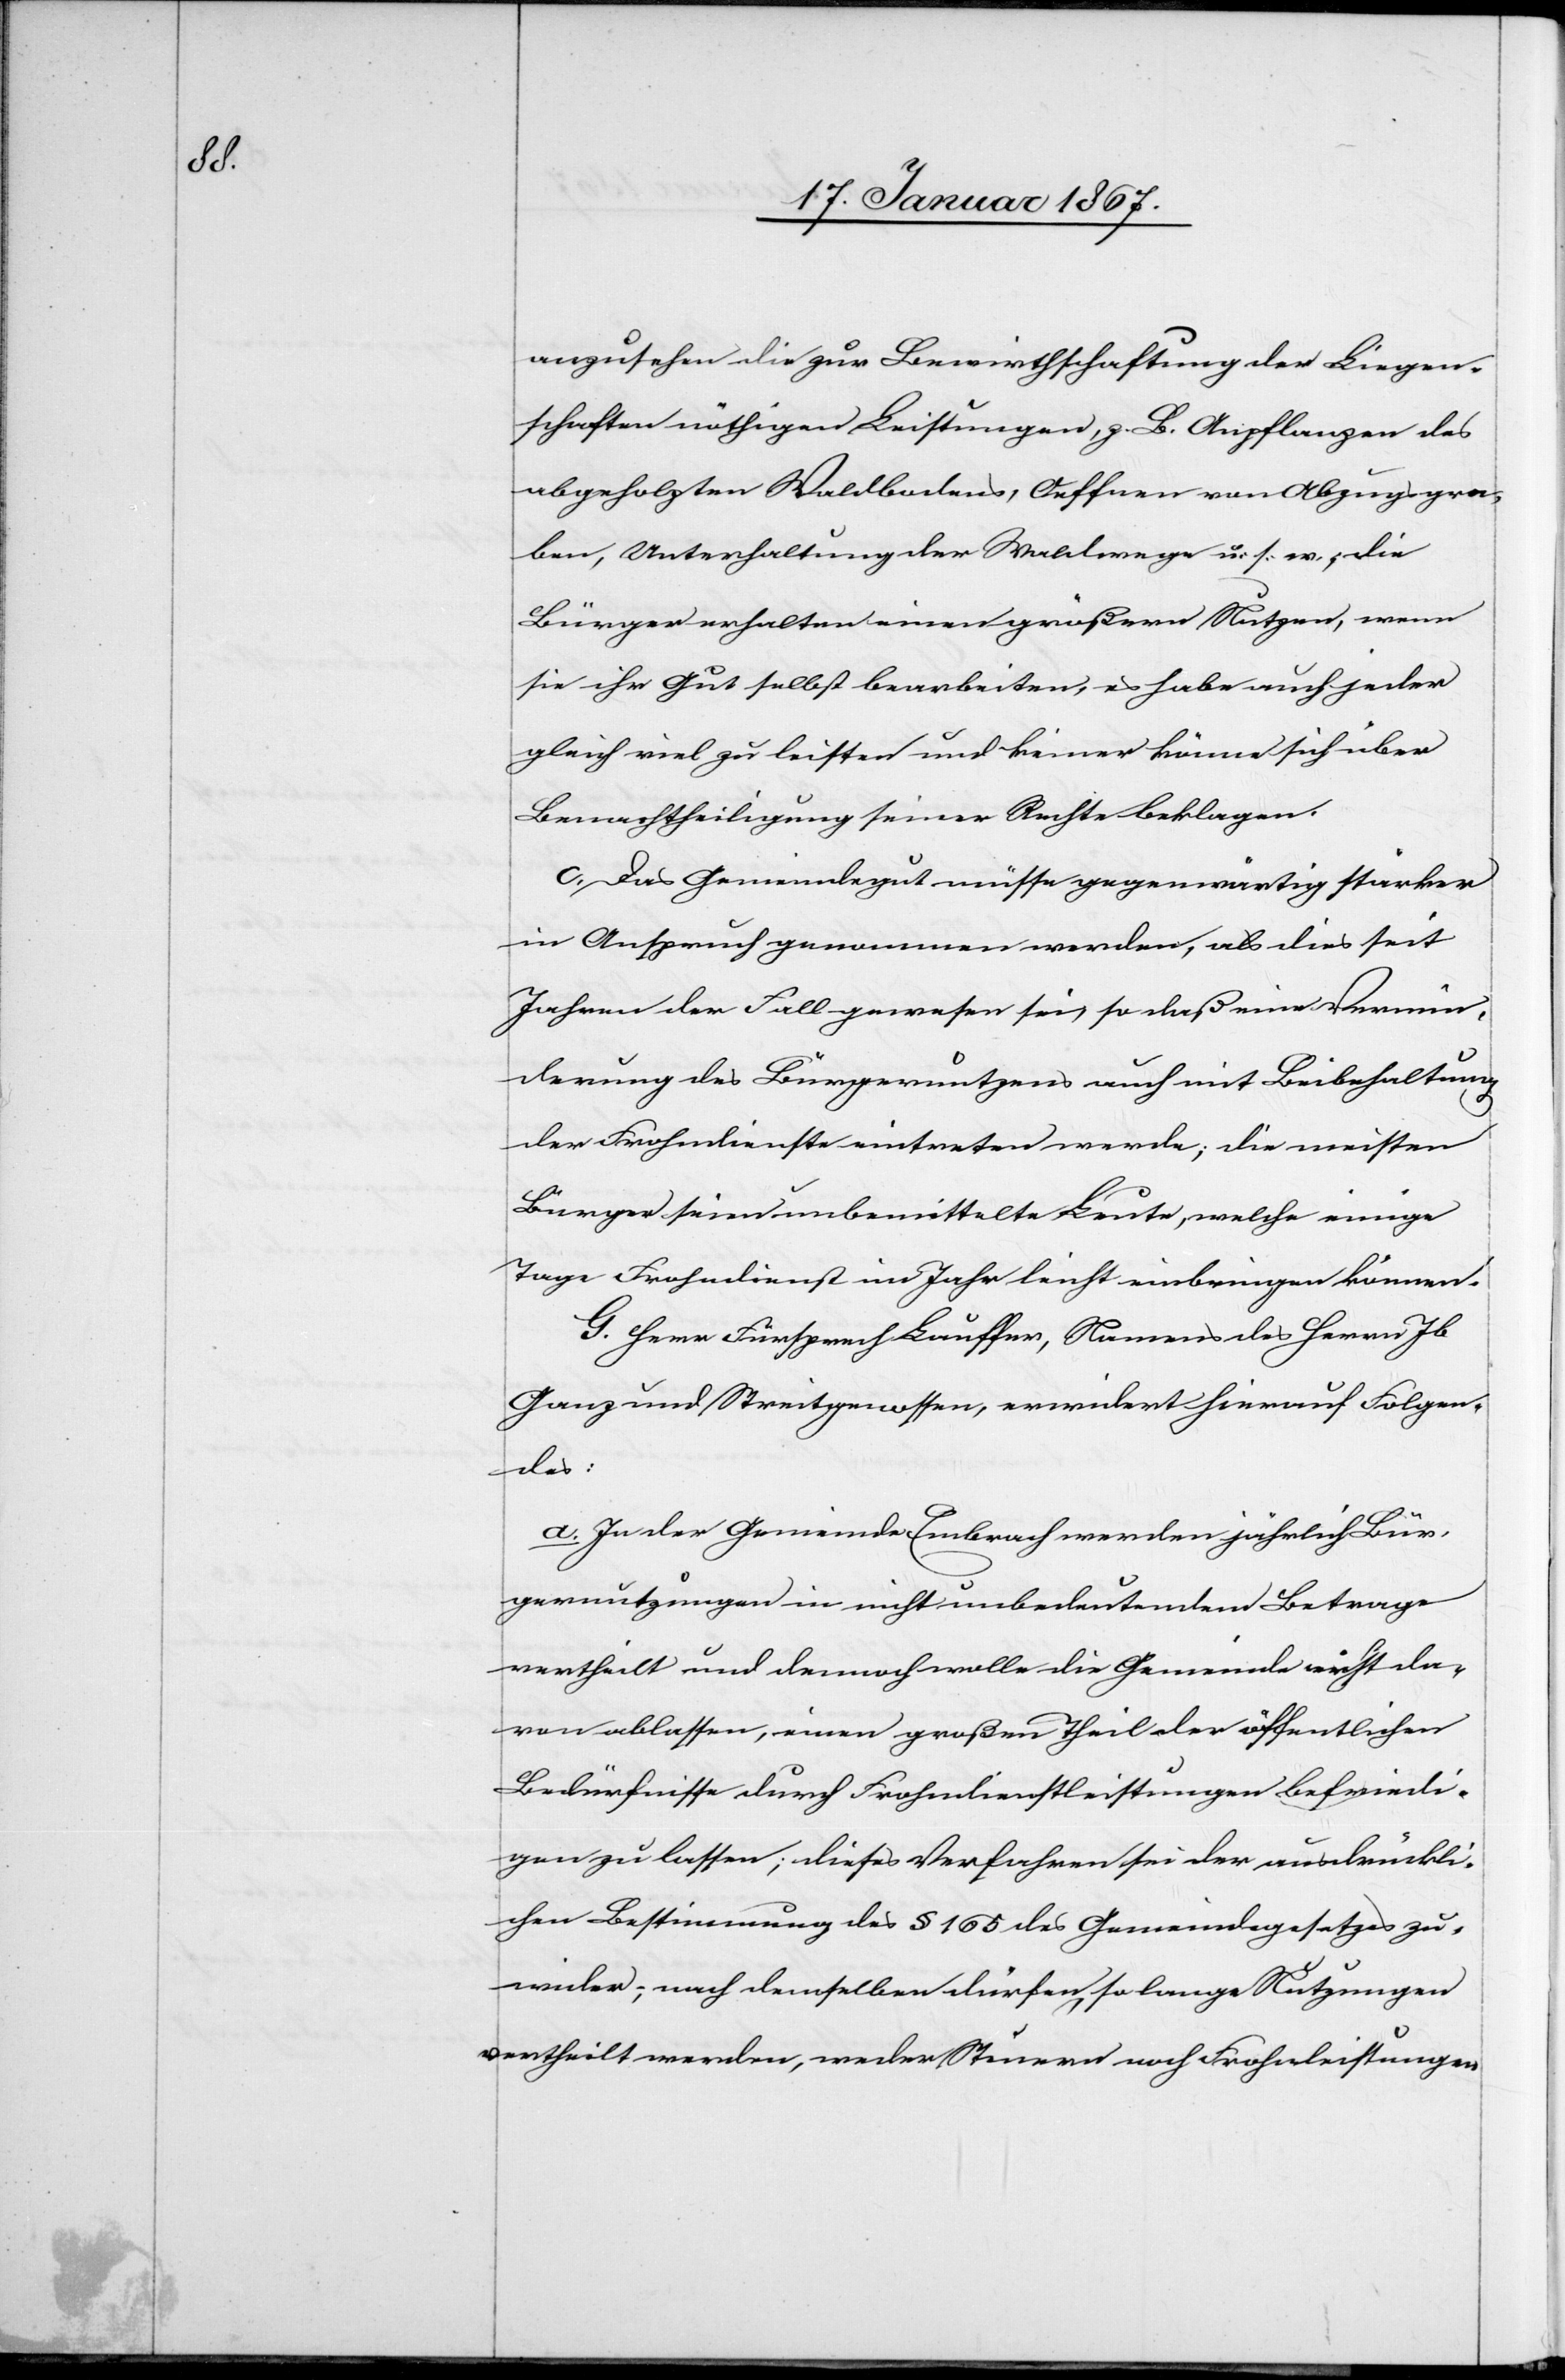
anzusehen die zur Bewirtschaftung der Liegen¬
schaften nöthigen Leistungen, z. B. Anpflanzen des
abgeholzten Waldbodens, Oeffnen von Abzugsgra¬
ben, Unterhaltung der Waldung u. s. w., die
Bürger erhalten einen größern Nutzen, wenn
sie ihr Gut selbst bearbeiten, es habe auch jeder
gleich viel zu leisten und keiner könne sich über
Benachtheiligung seiner Rechte beklagen.
c. Das Gemeindegut müsse gegenwärtig stärker
in Anspruch genommen werden, als dies seit
Jahren der Fall gewesen sei, so daß eine Vermin¬
derung des Bürgernutzens auch mit Beibehaltung
der Frohndienste eintreten werde; die meisten
Bürger seien unbemittelte Leute, welche einige
Tage Frohndienst im Jahr leicht einbringen können.
G. Herr Fürsprech Lauffer, Namens des Herrn Jb.
Ganz und Streitgenossen, erwidert hierauf Folgen¬
des:
a. In der Gemeinde Embrach werden jährlich Bür¬
gernutzungen in nicht unbedeutendem Betrage
ertheilt und demnach wolle die Gemeinde nicht da¬
von ablassen, einen großen Theil der öffentlichen
Bedürfnisse durch Frohndienstleistungen befriedi¬
gen zu lassen; dieses Verfahren sei der ausdrückli¬
chen Bestimmung des § 165 des Gemeindegesetzes zu¬
wider; nach demselben, dürfen so lange Nutzungen
vertheilt werden, weder Steuern noch Frohnleistungen